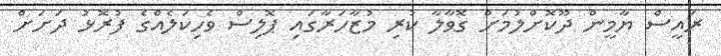
ރައީސް ޔާމީން ދޫކޮށްލުމަށް ގޮވާލާ ކުރި މުޒާހަރާގައި ޕޮލިސް ވެހިކަލެއްގެ ފުރޮޅު ދަށަށް